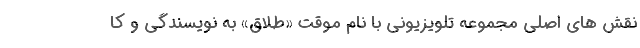
نقش های اصلی مجموعه تلویزیونی با نام موقت «طلاق» به نویسندگی و کا